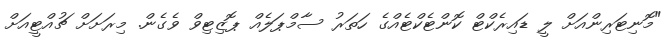
"މޮނިޓަރިންއަށް ލީ ޑައިރެކްޓް ކޮންޓެކްޓެއްގެ ހަތަރު ސާމްޕަލެއް ޕޮޒިޓިވް ވެގެން. މިރަށަށް ޗުއްޓީއަށް